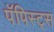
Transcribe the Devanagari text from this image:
पॅपिस्ट्स